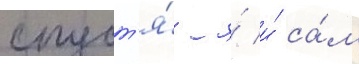
спуст'я́ я́ и́ са́м